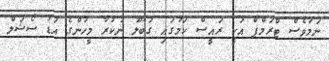
ނަމަވެސް ޓްރަމްޕް އަކީ ރައީސް ކަމުގައި ގަބޫލު ނުކުރާ މީހުންގެ އަޑު ސޯޝަލް